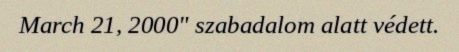
March 21, 2000" szabadalom alatt védett.